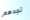
تجدهم